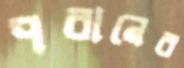
পরানের